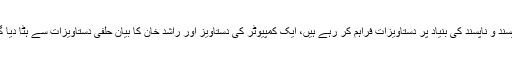
اکرم شیخ کا کہنا تھا کہ عمران خان کے وکیل پسند و ناپسند کی بنیاد پر دستاویزات فراہم کر رہے ہیں، ایک کمپیوٹر کی دستاویز اور راشد خان کا بیان حلفی دستاویزات سے ہٹا دیا گیا ، ،سپریم کورٹ شواہد ریکارڈ نہیں کرا رہی۔